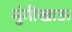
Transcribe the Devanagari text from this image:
मुंगीखाऊ